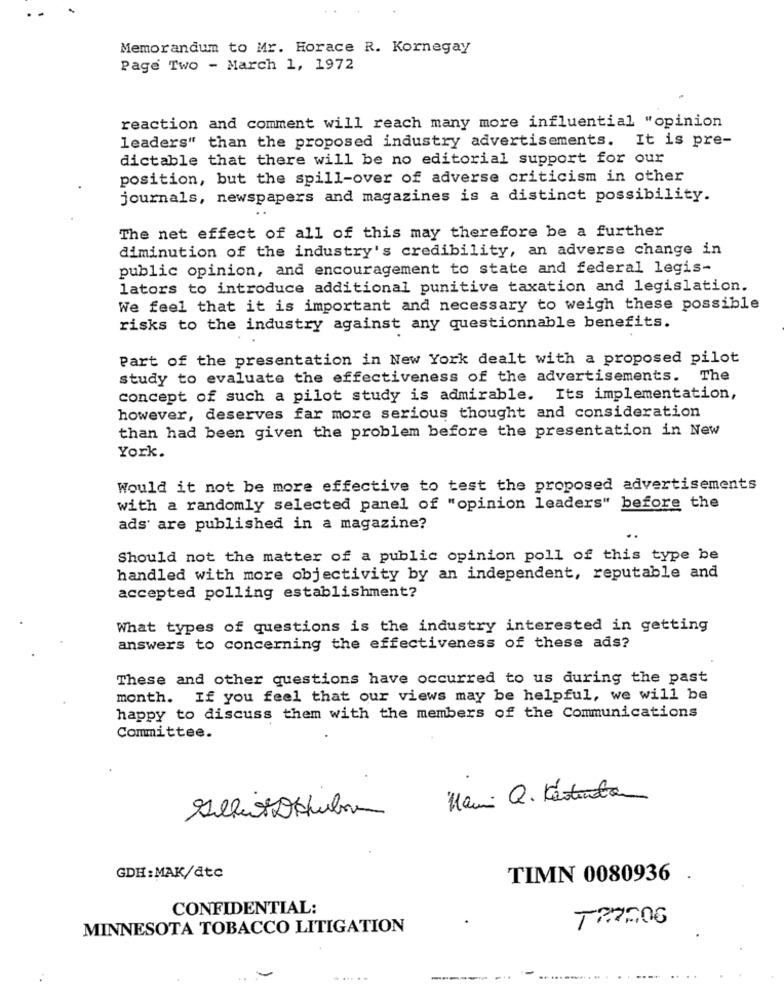
Memorandum to Mr. Horace R. Kornegay
Page Two - March 1, 1972
reaction and comment will reach many more influential "opinion
leaders" than the proposed industry advertisements. It is pre-
dictable that there will be no editorial support for our
position, but the spill-over of adverse criticism in other
journals, newspapers and magazines is a distinct possibility.
The net effect of all of this may therefore be a further
diminution of the industry's credibility, an adverse change in
public opinion, and encouragement to state and federal legis-
lators to introduce additional punitive taxation and legislation.
We feel that it is important and necessary to weigh these possible
risks to the industry against any questionnable benefits.
Part of the presentation in New York dealt with a proposed pilot
study to evaluate the effectiveness of the advertisements. The
concept of such a pilot study is admirable. Its implementation,
however, deserves far more serious thought and consideration
than had been given the problem before the presentation in New
York.
Would it not be more effective to test the proposed advertisements
with a randomly selected panel of "opinion leaders" before the
ads are published in a magazine?
Should not the matter of a public opinion poll of this type be
handled with more objectivity by an independent, reputable and
accepted polling establishment?
What types of questions is the industry interested in getting
answers to concerning the effectiveness of these ads?
These and other questions have occurred to us during the past
month. If you feel that our views may be helpful, we will be
happy to discuss them with the members of the Communications
Committee.
GDH: MAK/dtc
TIMN 0080936
.
CONFIDENTIAL:
MINNESOTA TOBACCO LITIGATION
..-